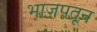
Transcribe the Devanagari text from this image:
भाजपतून